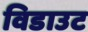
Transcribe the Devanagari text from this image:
विडाउट